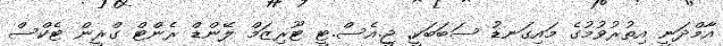
އާމްދަނީ އިތުރުވުމުގެ މައިގަނޑު ސަބަބަކީ